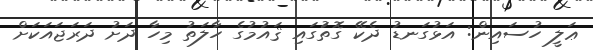
ޢަލީ ހުސައިން: އަޅުގަނޑު ދެކޭ ގޮތުަގައި ޤައުމުގެ ހާލަތު މިހާ ދަށު ދަރަޖައަކަށް